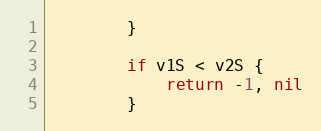
Language: Go
		}

		if v1S < v2S {
			return -1, nil
		}